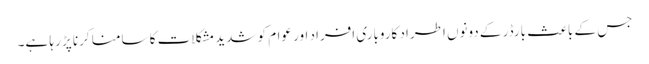
جس کے باعث بارڈر کے دونوں اطراد کاروباری افراد اور عوام کو شدید مشکلات کا سامنا کرنا پڑ رہا ہے۔